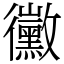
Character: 黴